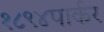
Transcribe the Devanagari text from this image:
१८९४पार्कर